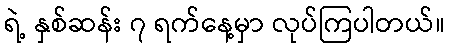
ရဲ့ နှစ်ဆန်း ၇ ရက်နေ့မှာ လုပ်ကြပါတယ်။